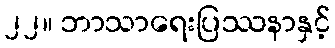
၂၂။ ဘာသာရေးပြဿနာနှင့်